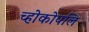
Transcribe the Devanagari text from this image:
च्होकोपलि